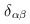
\begin{align*}\delta _{\alpha\beta} \end{align*}